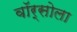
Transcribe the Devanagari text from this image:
वॉर्सोला